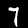
Digit: 7